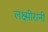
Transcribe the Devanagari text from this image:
लक्ष्मीरानी